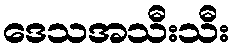
ဒေသအသီးသီး